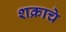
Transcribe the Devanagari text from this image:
शक्राचे